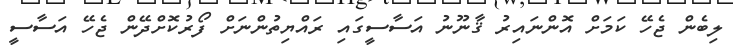
ލިބެން ޖެހޭ ކަމަށް އޮންނައިރު ޤާނޫނު އަސާސީގައި ރައްޔިތުންނަށް ފޯރުކޮށްދޭން ޖެހޭ އަސާސީ